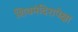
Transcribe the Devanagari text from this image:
शिवमंदिरापेक्षा